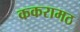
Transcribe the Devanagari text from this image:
ककरामठ